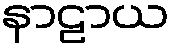
နာဠာယ